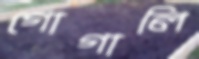
গোগালি